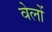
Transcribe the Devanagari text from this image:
वेलों